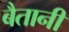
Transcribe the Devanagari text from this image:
बैतानी